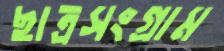
ছাত্রসংগ্রাম